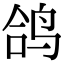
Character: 鸽